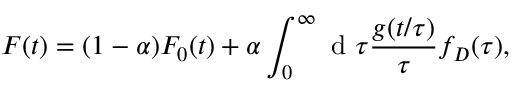
F ( t ) = ( 1 - \alpha ) F _ { 0 } ( t ) + \alpha \int _ { 0 } ^ { \infty } \mathrm { ~ d ~ } \tau \frac { g ( t / \tau ) } { \tau } f _ { D } ( \tau ) ,